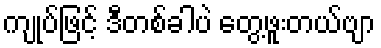
ကျုပ်ဖြင့် ဒီတစ်ခါပဲ တွေ့ဖူးတယ်ဗျာ